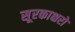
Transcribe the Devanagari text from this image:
सूरकाक्षरों